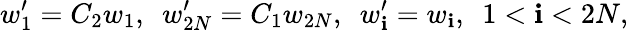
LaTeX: w_{1}^{\prime}=C_{2}w_{1},~~w_{2N}^{\prime}=C_{1}w_{2N},~~w_{\mathbf{i}}^{\prime}=w_{\mathbf{i}},~~1<\mathbf{i}<2N,